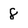
Character: 8